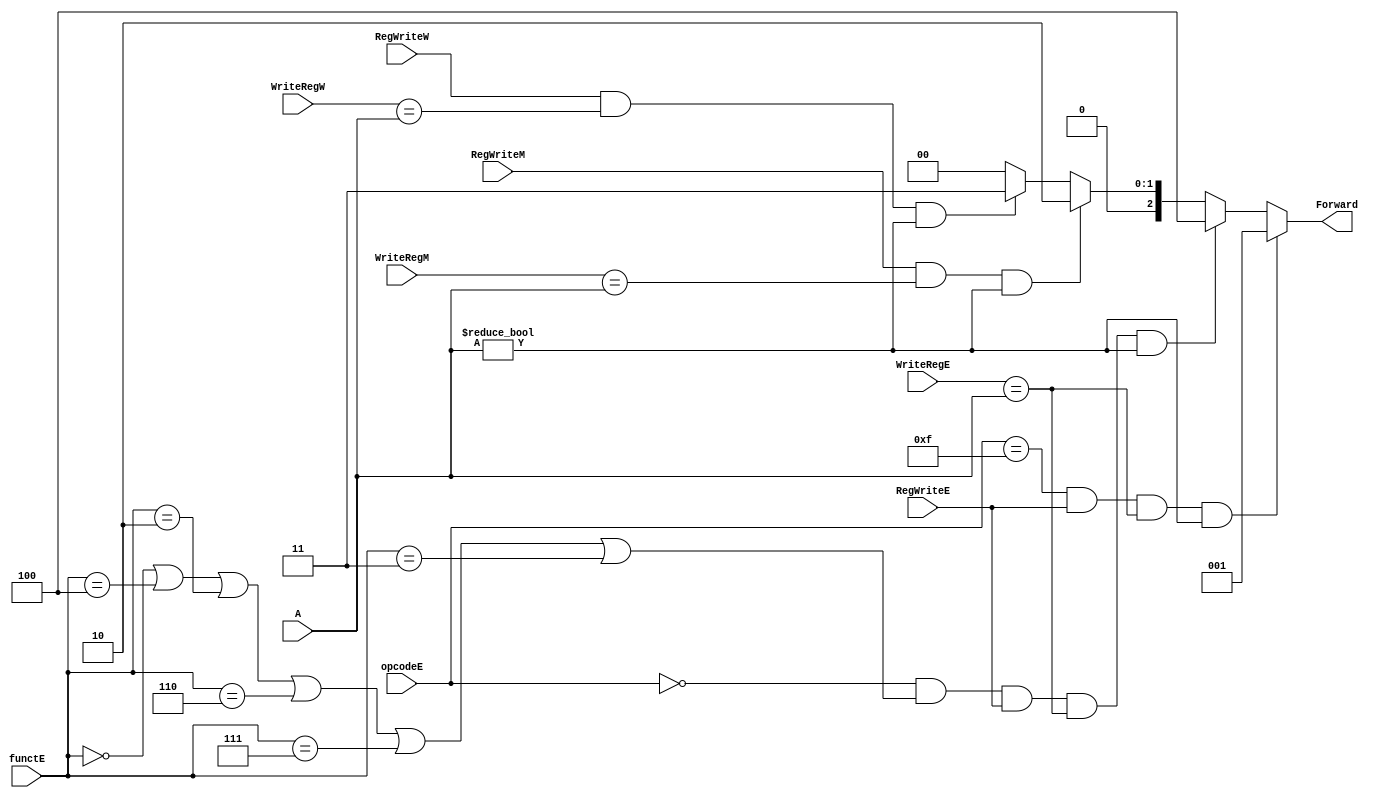
`timescale 1ns / 1ps
//////////////////////////////////////////////////////////////////////////////////
// Company: 
// Engineer: 
// 
// Design Name: 
// Module Name:    Forward_unit_1
// Project Name: 
// Target Devices: 
// Tool versions: 
// Description: 
//
// Dependencies: 
//
// Revision: 
// Revision 0.01 - File Created
// Additional Comments: 
//
//////////////////////////////////////////////////////////////////////////////////
module Forward_unit_1(opcodeE,functE,WriteRegE,RegWriteE,WriteRegM,RegWriteM,WriteRegW,RegWriteW,A,Forward);
		input [4:0] WriteRegM;
		input RegWriteM;
		input [4:0] WriteRegW;
		input RegWriteW;
		input [4:0] WriteRegE;
		input RegWriteE;
		input [5:0] opcodeE,functE;
		input [4:0] A;
		output reg [2:0] Forward;
		
		always@(*) begin
			if(opcodeE==15&&RegWriteE==1&&WriteRegE==A&&A!=0)	Forward<=1;
			else if(opcodeE==0&&(functE==0||functE==4||functE==2||functE==6||functE==7||functE==3)&&RegWriteE==1&&WriteRegE==A&&A!=0) Forward<=4;
			else if(RegWriteM==1&&WriteRegM==A&&A!=0) Forward<=2;
			else if(RegWriteW==1&&WriteRegW==A&&A!=0)Forward<=3;
			else Forward<=0;
		end

endmodule